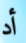
أد